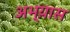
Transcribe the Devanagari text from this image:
अभ्य़ास